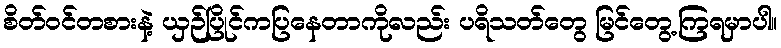
စိတ်ဝင်တစားနဲ့ ယှဉ်ပြိုင်ကပြနေတာကိုလည်း ပရိသတ်တွေ မြင်တွေ့ကြရမှာပါ။